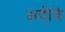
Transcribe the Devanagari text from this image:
अदीबे